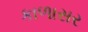
કાળાસર